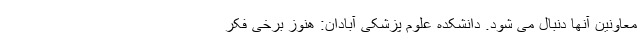
معاونین آنها دنبال می شود. دانشکده علوم پزشکی آبادان: هنوز برخی فکر